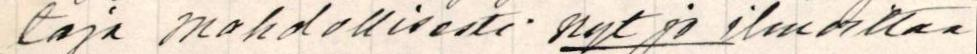
taja mahdollisesti nyt jo ilmoittaa